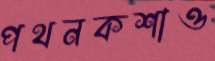
পথনকশাও